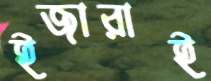
ইজারাই